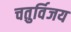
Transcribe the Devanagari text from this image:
चतुर्विजय